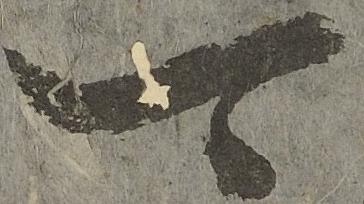
可